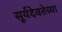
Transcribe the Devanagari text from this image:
सूर्यदेवतेच्या